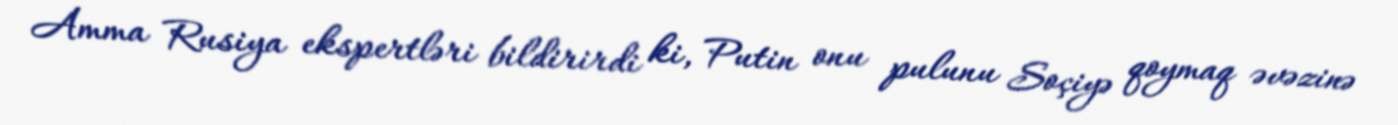
Amma Rusiya ekspertləri bildirirdi ki, Putin onu pulunu Soçiyə qoymaq əvəzinə